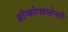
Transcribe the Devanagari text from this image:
ब्रॉन्कोप्लमोनरी